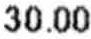
30.00